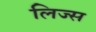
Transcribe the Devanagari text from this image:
लिज्स